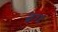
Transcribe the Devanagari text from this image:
ब्रग